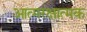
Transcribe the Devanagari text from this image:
आत्मरक्षात्मक